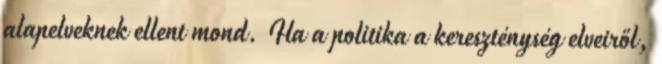
alapelveknek ellent mond. Ha a politika a kereszténység elveiről,